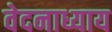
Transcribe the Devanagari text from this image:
वेदनाध्याय